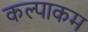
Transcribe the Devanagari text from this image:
कल्पाकम